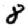
Digit: 8